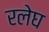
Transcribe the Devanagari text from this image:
रलेघ